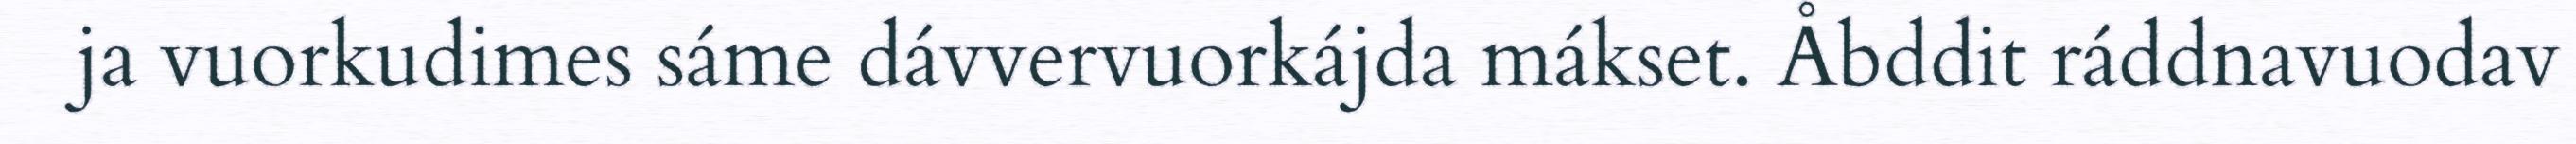
ja vuorkudimes sáme dávvervuorkájda mákset. Åbddit ráddnavuodav